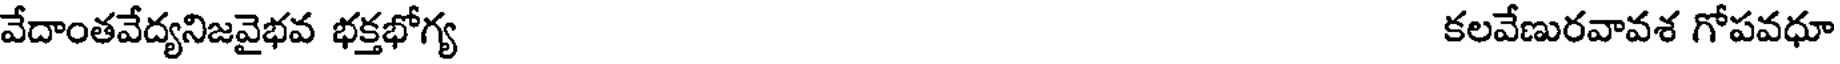
వేదాంతవేద్యనిజవైభవ భక్తభోగ్య కలవేణురవావశ గోపవధూ